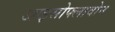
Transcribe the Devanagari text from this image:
आइसोफ्लावोन